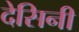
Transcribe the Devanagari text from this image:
देसिनी